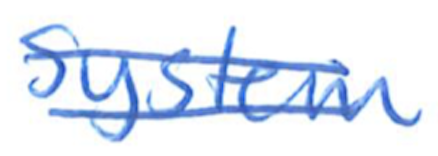
Text: System
Cross-out: double-line
Writing tool: ballpoint